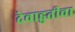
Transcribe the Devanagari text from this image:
देवाहुतीचा